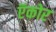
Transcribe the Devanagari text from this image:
ऍकोर